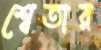
শ্বেতার